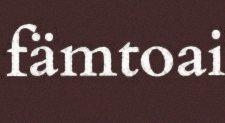
fämtoai